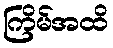
ကြိမ်အထိ